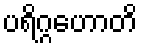
ပရိဂ္ဂဟောတိ